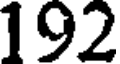
192